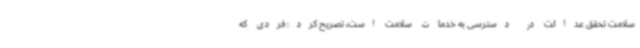
سلامت تحقق عدالت در دسترسی به خدمات سلامت است، تصریح کرد: فردی که